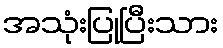
အသုံးပြုပြီးသား